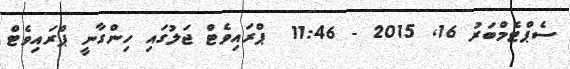
ސެޕްޓެމްބަރު 16